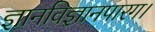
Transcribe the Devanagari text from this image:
ज्ञानविज्ञानपारग।